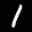
Label: 1